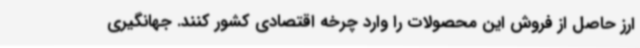
ارز حاصل از فروش این محصولات را وارد چرخه اقتصادی کشور کنند. جهانگیری